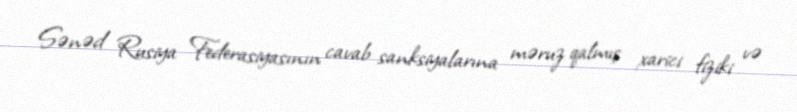
Sənəd Rusiya Federasiyasının cavab sanksiyalarına məruz qalmış xarici fiziki və